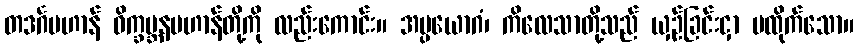
တဒင်္ဂပဟာန် ဝိက္ခမ္ဘနပဟာန်တို့ကို လည်းကောင်း။ အပ္ပယောဂံ၊ ကိလေသာတို့သည် ယှဉ်ခြင်းငှာ မထိုက်သော။